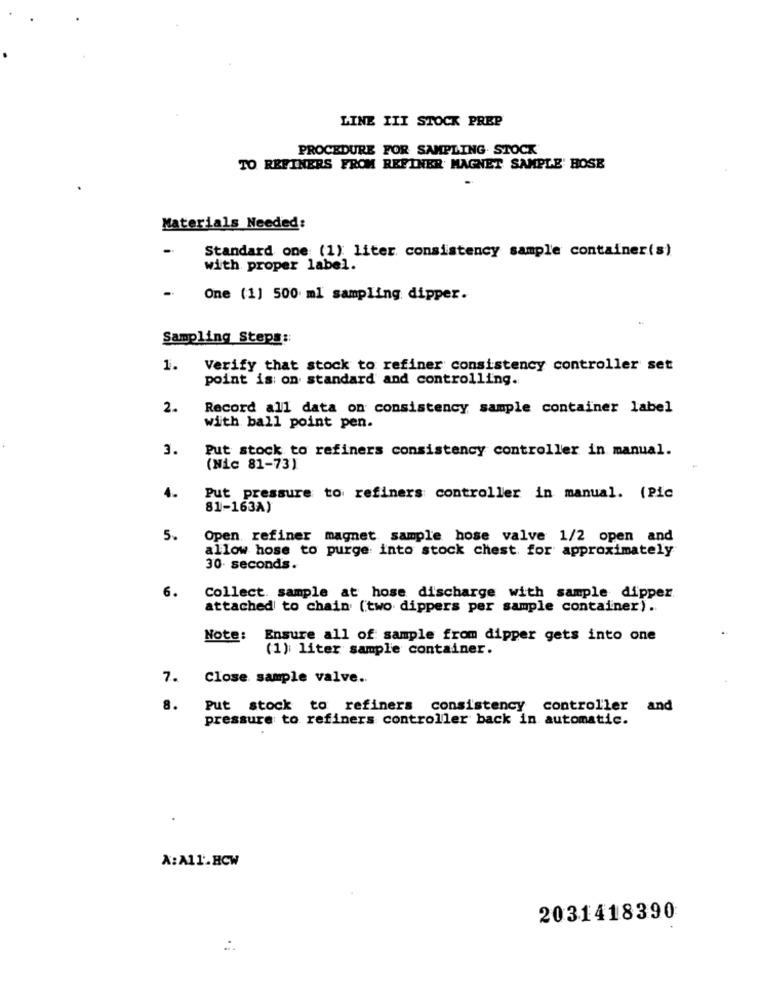
LINE III STOCK PREP
PROCEDURE FOR SAMPLING. STOCK
TO REFINERS FROM REFINER MAGNET SAMPLE' HOSE
Materials Needed:
Standard one (1): liter consistency sample container(s)
with proper label.
One (1] 500 ml sampling dipper.
Sampling Steps ::
1.
Verify that stock to refiner consistency controller set
point is: on standard and controlling.
2.
Record all data on consistency sample container label
with ball point pen.
3.
Put stock to refiners consistency controller in manual.
(Nic 81-73)
4.
Put pressure to refiners controller in manual. (Pic
81-163A)
5.
Open refiner magnet sample hose valve 1/2 open and
allow hose to purge into stock chest for approximately
30 seconds.
6.
Collect. sample at hose discharge with sample dipper
attached to chain (two dippers per sample container).
Note:
Ensure all of sample from dipper gets into one
(1) liter sample container.
7.
Close sample valve ..
8.
Put stock to refiners consistency controller and
pressure to refiners controller back in automatic.
A:A11.HCW
2031418390